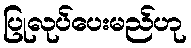
ပြုလုပ်ပေးမည်ဟု